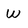
Character: W